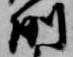
例